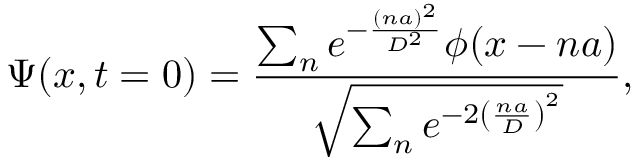
\Psi ( x , t = 0 ) = \frac { \sum _ { n } e ^ { - \frac { ( n a ) ^ { 2 } } { D ^ { 2 } } } \phi ( x - n a ) } { \sqrt { \sum _ { n } e ^ { - 2 \left( \frac { n a } { D } \right) ^ { 2 } } } } ,